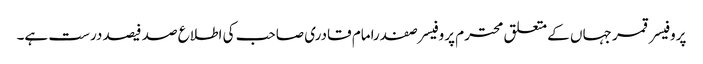
پروفیسر قمر جہاں کے متعلق محترم پروفیسر صفدرامام قادری صاحب کی اطلاع صد فیصد درست ہے۔